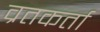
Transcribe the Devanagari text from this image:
व्रतकर्ता